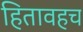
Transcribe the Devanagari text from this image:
हितावहच